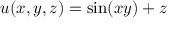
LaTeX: u ( x , y , z ) = \sin ( x y ) + z